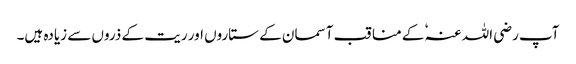
آپ رضی اللہ عنہٗ کے مناقب آسمان کے ستاروں اور ریت کے ذروں سے زیادہ ہیں۔